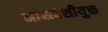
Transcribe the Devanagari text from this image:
मांसपेशीयुक्त